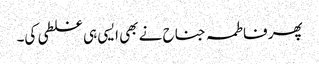
پھر فاطمہ جناح نے بھی ایسی ہی غلطی کی۔